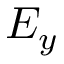
E _ { y }